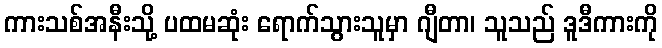
ကားသစ်အနီးသို့ ပထမဆုံး ရောက်သွားသူမှာ ဂျီတာ၊ သူသည် ဒူဒီကားကို